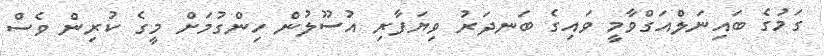
ގަމުގެ ބައިނަލްއަގްވާމީ ވައިގެ ބަނދަރު ވިޔަފާރި އުސޫލުން ހިންގުމަށް މީގެ ކުރިން ވެސް